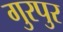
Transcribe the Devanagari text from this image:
गुरपुर